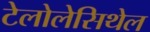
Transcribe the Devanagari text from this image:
टेलोलेसिथेल